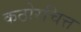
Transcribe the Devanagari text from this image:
कठोरचित्त